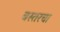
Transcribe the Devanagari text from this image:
बस्तरचा